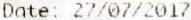
DATE: 27/07/2017